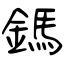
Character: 鎷